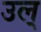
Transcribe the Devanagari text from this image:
उल्‌